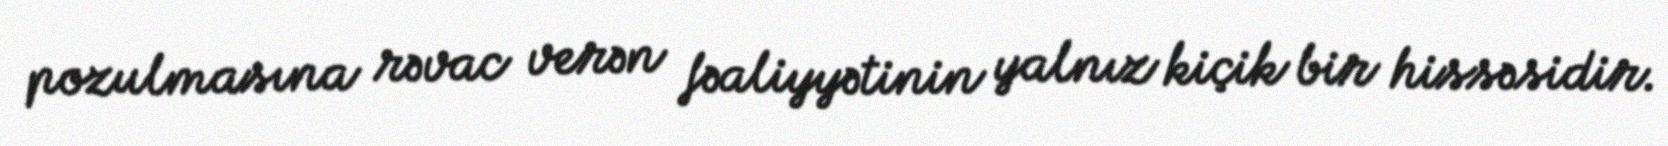
pozulmasına rəvac verən fəaliyyətinin yalnız kiçik bir hissəsidir.